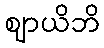
ဈာယိဘိ